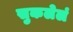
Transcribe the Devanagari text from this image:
सुकलेलं